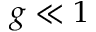
g \ll 1